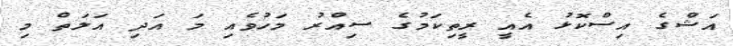
އަޝްގެ އިސްކޮޅު އެއީ ރީތިކަމުގެ ސިއްރު މަހުވެއި މަ އަދި އަލަތް މި